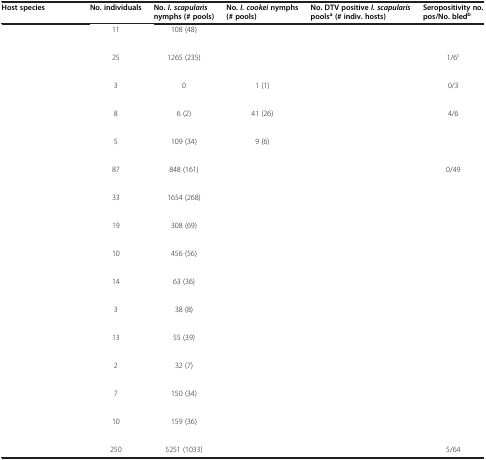
<table><thead><tr><td><b>Host species</b></td><td><b>No. individuals</b></td><td><b>No. <i>I. scapularis </i>nymphs (# pools)</b></td><td><b>No. <i>I. cookei </i>nymphs (# pools)</b></td><td><b>No. DTV positive <i>I. scapularis </i>pools<sup>a </sup>(# indiv. hosts)</b></td><td><b>Seropositivity no. pos/No. bled<sup>b</sup></b></td></tr></thead><tbody><tr><td>[EMPTY_CELL]</td><td rowspan="2">11</td><td rowspan="2">108 (48)</td><td rowspan="2">[EMPTY_CELL]</td><td rowspan="2">[EMPTY_CELL]</td><td rowspan="2">[EMPTY_CELL]</td></tr><tr><td>[EMPTY_CELL]</td></tr><tr><td>[EMPTY_CELL]</td><td rowspan="2">25</td><td rowspan="2">1265 (235)</td><td rowspan="2">[EMPTY_CELL]</td><td rowspan="2">[EMPTY_CELL]</td><td rowspan="2">1/6<sup>c</sup></td></tr><tr><td>[EMPTY_CELL]</td></tr><tr><td>[EMPTY_CELL]</td><td rowspan="2">3</td><td rowspan="2">0</td><td rowspan="2">1 (1)</td><td rowspan="2">[EMPTY_CELL]</td><td rowspan="2">0/3</td></tr><tr><td>[EMPTY_CELL]</td></tr><tr><td>[EMPTY_CELL]</td><td rowspan="2">8</td><td rowspan="2">6 (2)</td><td rowspan="2">41 (26)</td><td rowspan="2">[EMPTY_CELL]</td><td rowspan="2">4/6</td></tr><tr><td>[EMPTY_CELL]</td></tr><tr><td>[EMPTY_CELL]</td><td rowspan="2">5</td><td rowspan="2">109 (34)</td><td rowspan="2">9 (6)</td><td rowspan="2">[EMPTY_CELL]</td><td rowspan="2">[EMPTY_CELL]</td></tr><tr><td>[EMPTY_CELL]</td></tr><tr><td>[EMPTY_CELL]</td><td rowspan="2">87</td><td rowspan="2">848 (161)</td><td rowspan="2">[EMPTY_CELL]</td><td rowspan="2">[EMPTY_CELL]</td><td rowspan="2">0/49</td></tr><tr><td>[EMPTY_CELL]</td></tr><tr><td>[EMPTY_CELL]</td><td rowspan="2">33</td><td rowspan="2">1654 (268)</td><td rowspan="2">[EMPTY_CELL]</td><td rowspan="2">[EMPTY_CELL]</td><td rowspan="2">[EMPTY_CELL]</td></tr><tr><td>[EMPTY_CELL]</td></tr><tr><td>[EMPTY_CELL]</td><td rowspan="2">19</td><td rowspan="2">308 (69)</td><td rowspan="2">[EMPTY_CELL]</td><td rowspan="2">[EMPTY_CELL]</td><td rowspan="2">[EMPTY_CELL]</td></tr><tr><td>[EMPTY_CELL]</td></tr><tr><td>[EMPTY_CELL]</td><td rowspan="2">10</td><td rowspan="2">456 (56)</td><td rowspan="2">[EMPTY_CELL]</td><td rowspan="2">[EMPTY_CELL]</td><td rowspan="2">[EMPTY_CELL]</td></tr><tr><td>[EMPTY_CELL]</td></tr><tr><td>[EMPTY_CELL]</td><td rowspan="2">14</td><td rowspan="2">63 (36)</td><td rowspan="2">[EMPTY_CELL]</td><td rowspan="2">[EMPTY_CELL]</td><td rowspan="2">[EMPTY_CELL]</td></tr><tr><td>[EMPTY_CELL]</td></tr><tr><td>[EMPTY_CELL]</td><td rowspan="2">3</td><td rowspan="2">38 (8)</td><td rowspan="2">[EMPTY_CELL]</td><td rowspan="2">[EMPTY_CELL]</td><td rowspan="2">[EMPTY_CELL]</td></tr><tr><td>[EMPTY_CELL]</td></tr><tr><td>[EMPTY_CELL]</td><td rowspan="2">13</td><td rowspan="2">55 (39)</td><td rowspan="2">[EMPTY_CELL]</td><td rowspan="2">[EMPTY_CELL]</td><td rowspan="2">[EMPTY_CELL]</td></tr><tr><td>[EMPTY_CELL]</td></tr><tr><td>[EMPTY_CELL]</td><td rowspan="2">2</td><td rowspan="2">32 (7)</td><td rowspan="2">[EMPTY_CELL]</td><td rowspan="2">[EMPTY_CELL]</td><td rowspan="2">[EMPTY_CELL]</td></tr><tr><td>[EMPTY_CELL]</td></tr><tr><td>[EMPTY_CELL]</td><td rowspan="2">7</td><td rowspan="2">150 (34)</td><td rowspan="2">[EMPTY_CELL]</td><td rowspan="2">[EMPTY_CELL]</td><td rowspan="2">[EMPTY_CELL]</td></tr><tr><td>[EMPTY_CELL]</td></tr><tr><td>[EMPTY_CELL]</td><td rowspan="2">10</td><td rowspan="2">159 (36)</td><td rowspan="2">[EMPTY_CELL]</td><td rowspan="2">[EMPTY_CELL]</td><td rowspan="2">[EMPTY_CELL]</td></tr><tr><td>[EMPTY_CELL]</td></tr><tr><td>[EMPTY_CELL]</td><td>250</td><td>5251 (1033)</td><td>[EMPTY_CELL]</td><td>[EMPTY_CELL]</td><td>5/64</td></tr></tbody></table>